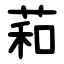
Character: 萂